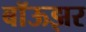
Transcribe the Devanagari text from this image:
बॉऊझर